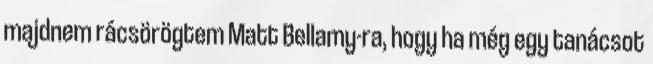
majdnem rácsörögtem Matt Bellamy-ra, hogy ha még egy tanácsot